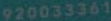
920033361